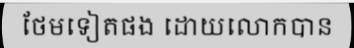
ថែមទៀតផង ដោយលោកបាន